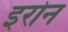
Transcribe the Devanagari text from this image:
इरोन